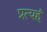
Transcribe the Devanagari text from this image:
प्रत्यहं